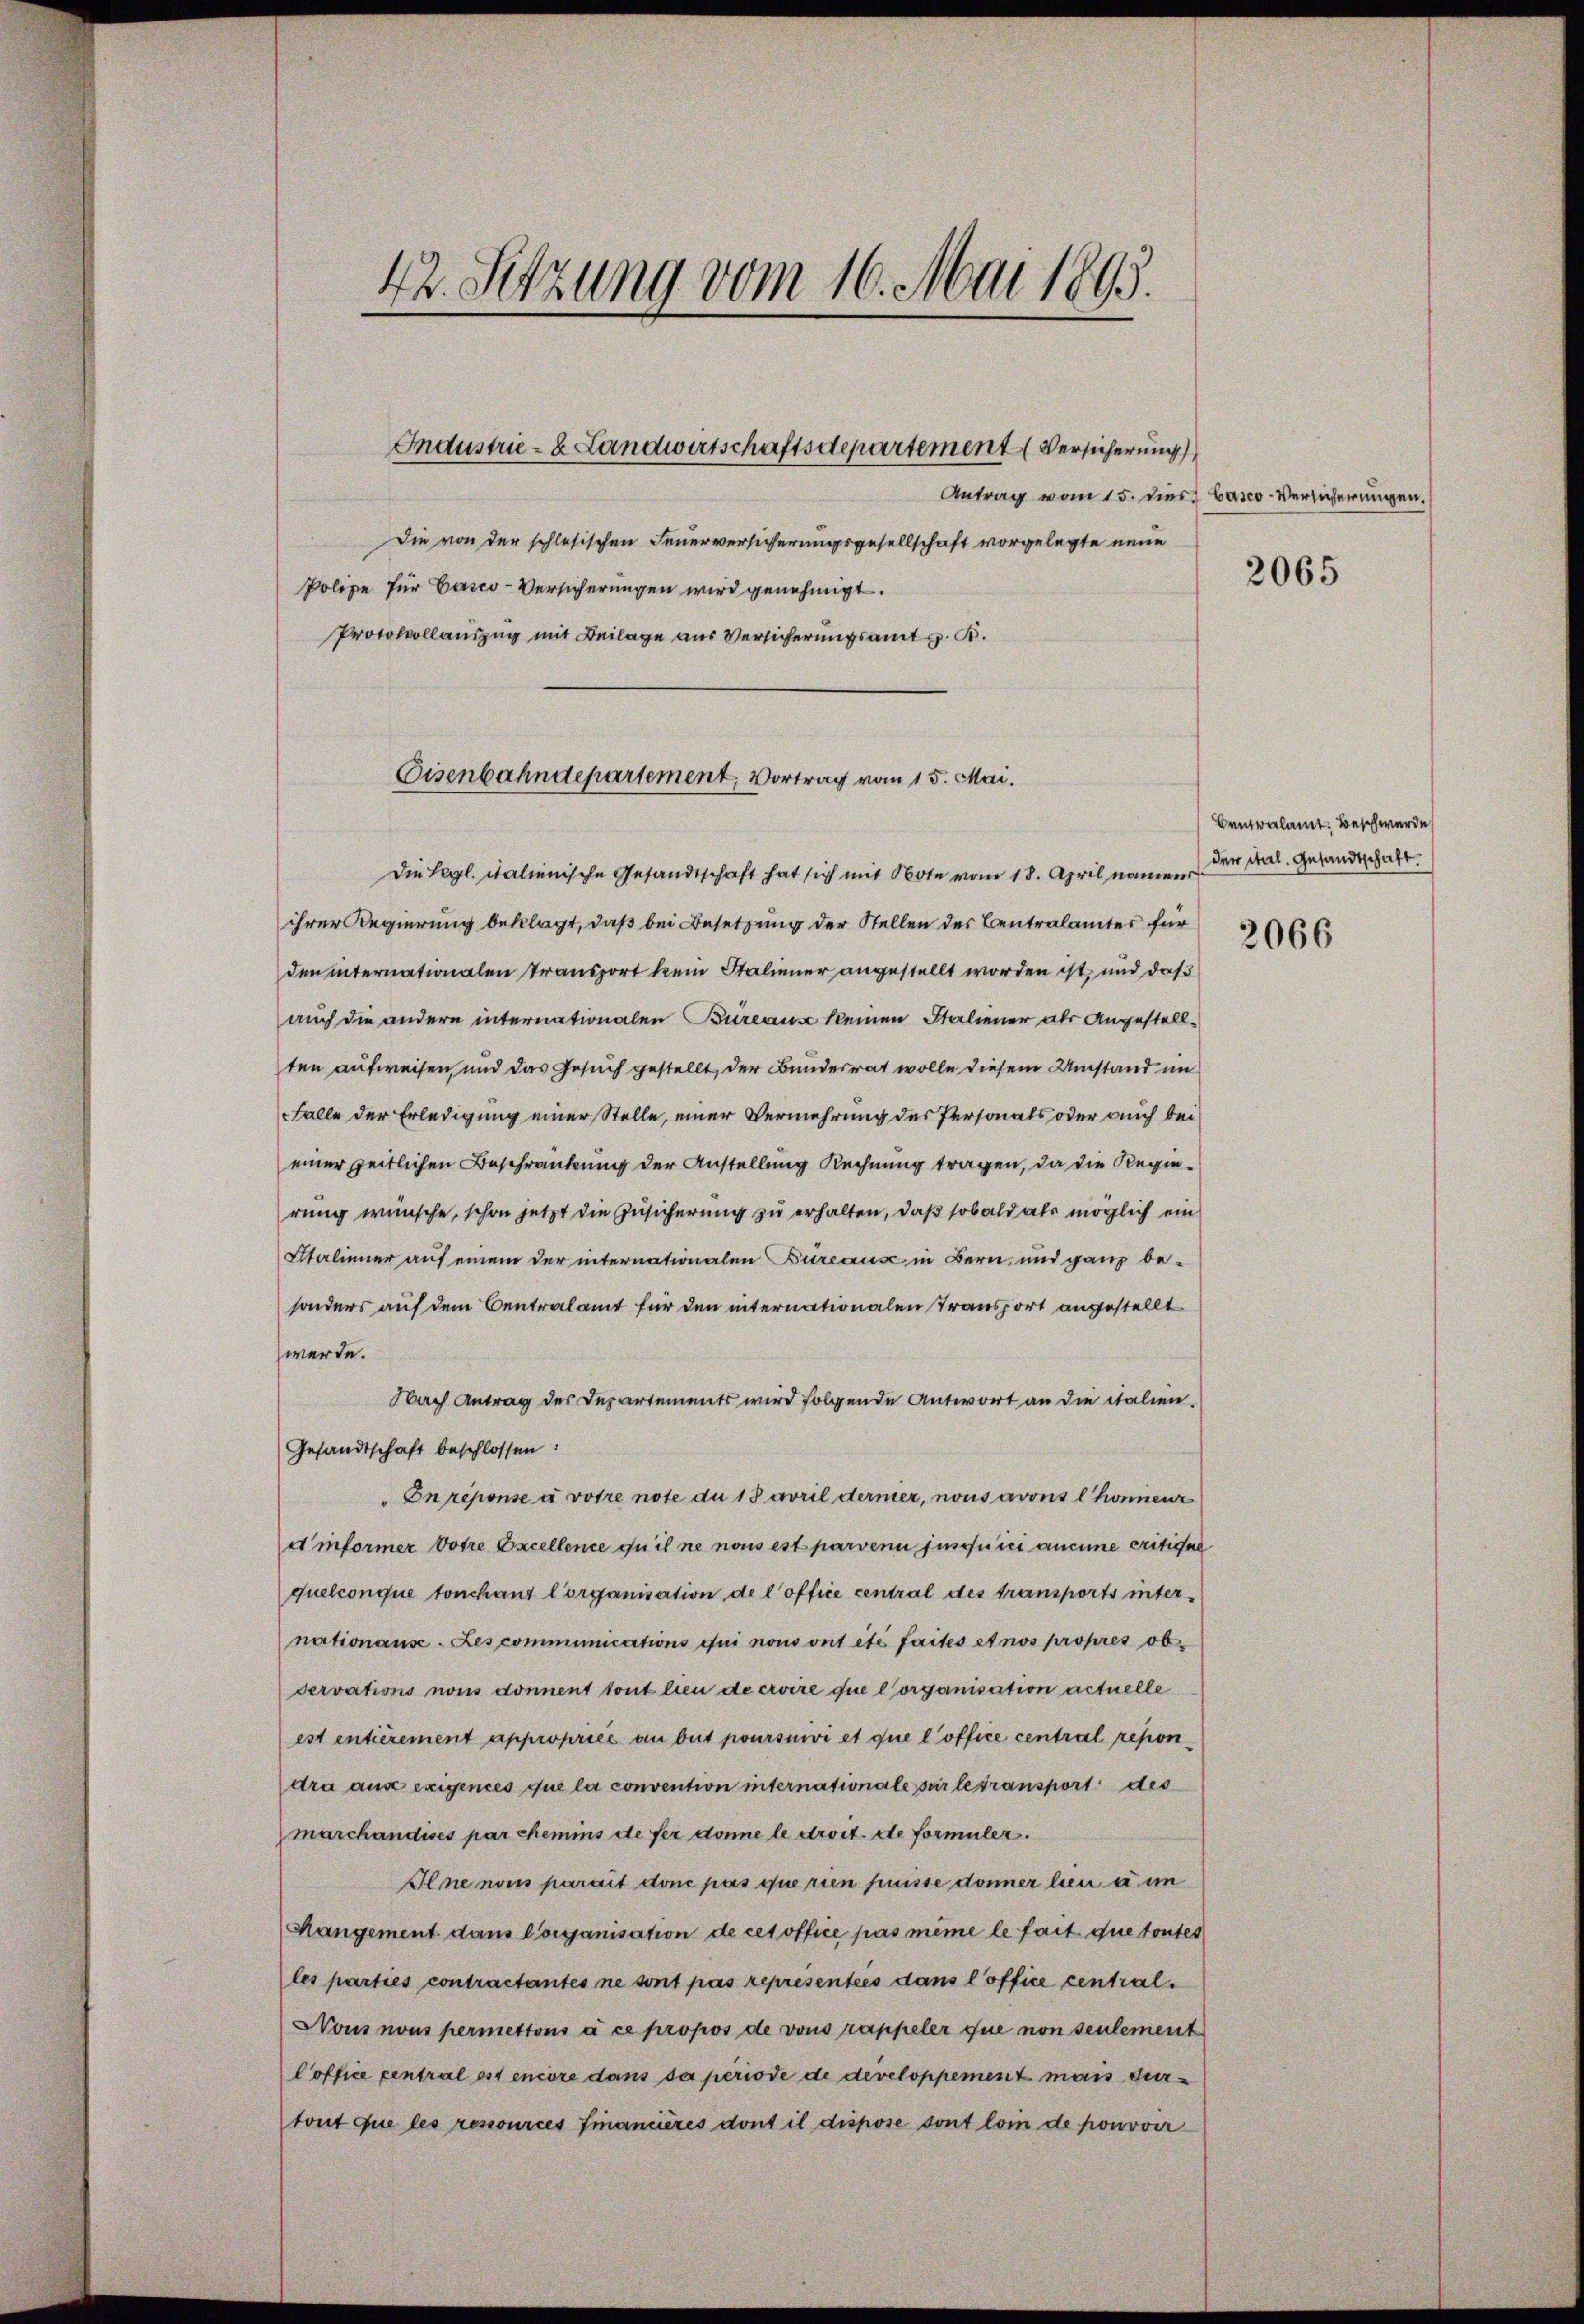
42. Sitzung vom 16. Mai 1893.

Industrie- & Landwirtschaftsdepartement Versicherung

Die von der schlesischen Feuerversicherungsgesellschaft vorgelegte neue
Polize für Casco-Versicherungen wird genehmigt.
Protokollauszug mit Beilage aus Versicherungsamt z. B.

Eisenbahndepartement, Vortrag vom 15. Mai.

Antrag vom 15. dies barco-Versicherungen.

Die Lagl. italienische Gesandtschaft hat sich mit Note vom 18. April namen
ihrer Regierung beklagt, daß bei Besetzung der Stellen der Centralamtes für
den internationalen transport kein Staliener angestellt worden ist, und daß
auch die andern internationalen Büreaus keinen Staliener als Angestellten aufweisen, und das Gesuch gestellt, der Bundesrat wolle diesem Umstand im
Falle der Erledigung einer Stelle, einer Vermehrung des Personals oder auch bei
einer zeitlichen Beschränkung der Anstellung Rechnung tragen, da die Regierung wünsche, schon jetzt die Zusicherung zu erhalten, daß sobald als möglich ein
Italinner auf einem der internationalen Bureause in Bern, und ganz besonders auf dem Centralamt für den internationalen Transport angestellt
werde.
Nach Antrag des Departements wird folgende Antwort an die italien¬
Gesandtschaft beschlossen:
Enrésionse u votre note du 18 avril dernier, nous avous l. honneur
e’ informer votie Excellence ou il ne nous est parvenu suschnici aneine critivel
quelconque tonchanz Corganisation de l’office central des transports unternationause. Les communications qui nous ont été faites et nos propres ob-
servations nous donnent tout lieu de croire que lorganisation actuelle
est entièrement appropriée au but poursuivi et que l’office central repon
dra aus exigences que la convention internationale sur le transport des
marchandises par chemins de fer donne le droit. de formuler.
Ilne nous parait donc pas que rien puisse donner lui a im
Mangement dans Corganisation de ces office pas même le fait que toutes
les parties contractantes ne sont pas representées dans l’office central
Nous nous permettons à ce propos de vons rappeler que non seulement
Coffice central est encore dans da periode de developpement mais durtout que les ressources financieres dont il dispose sont loin de pouvoir

2065

Centralamt Beschwerde
der ital. Gesandtschaft.

2066